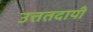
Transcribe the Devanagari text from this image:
उत्ततदायी